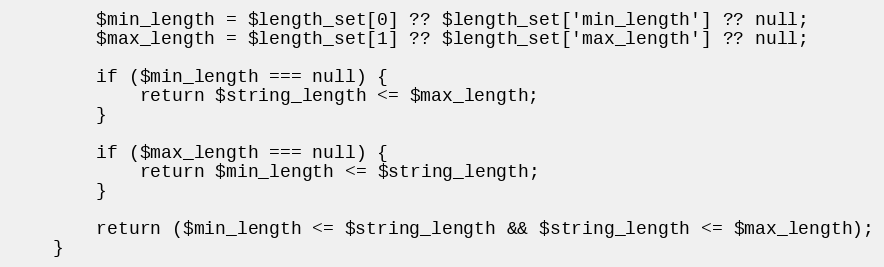
Language: PHP
		$min_length = $length_set[0] ?? $length_set['min_length'] ?? null;
		$max_length = $length_set[1] ?? $length_set['max_length'] ?? null;

		if ($min_length === null) {
			return $string_length <= $max_length;
		}

		if ($max_length === null) {
			return $min_length <= $string_length;
		}

		return ($min_length <= $string_length && $string_length <= $max_length);
	}